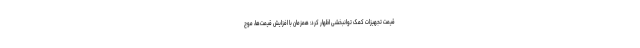
قیمت تجهیزات کمک توانبخشی اظهار کرد: همزمان با افزایش قیمت‌ها، موج